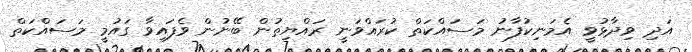
އަދި ވިދާޅުވީ އެމަނިކުފާނު މަސައްކަތް ކުރައްވަނީ ރައްޔިތުން ބޭނުން ވެފައިވާ ގައުމީ މަސައްކަތް